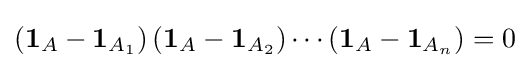
\left(\mathbf {1} _{A}-\mathbf {1} _{A_{1}}\right)\left(\mathbf {1} _{A}-\mathbf {1} _{A_{2}}\right)\cdots \left(\mathbf {1} _{A}-\mathbf {1} _{A_{n}}\right)=0